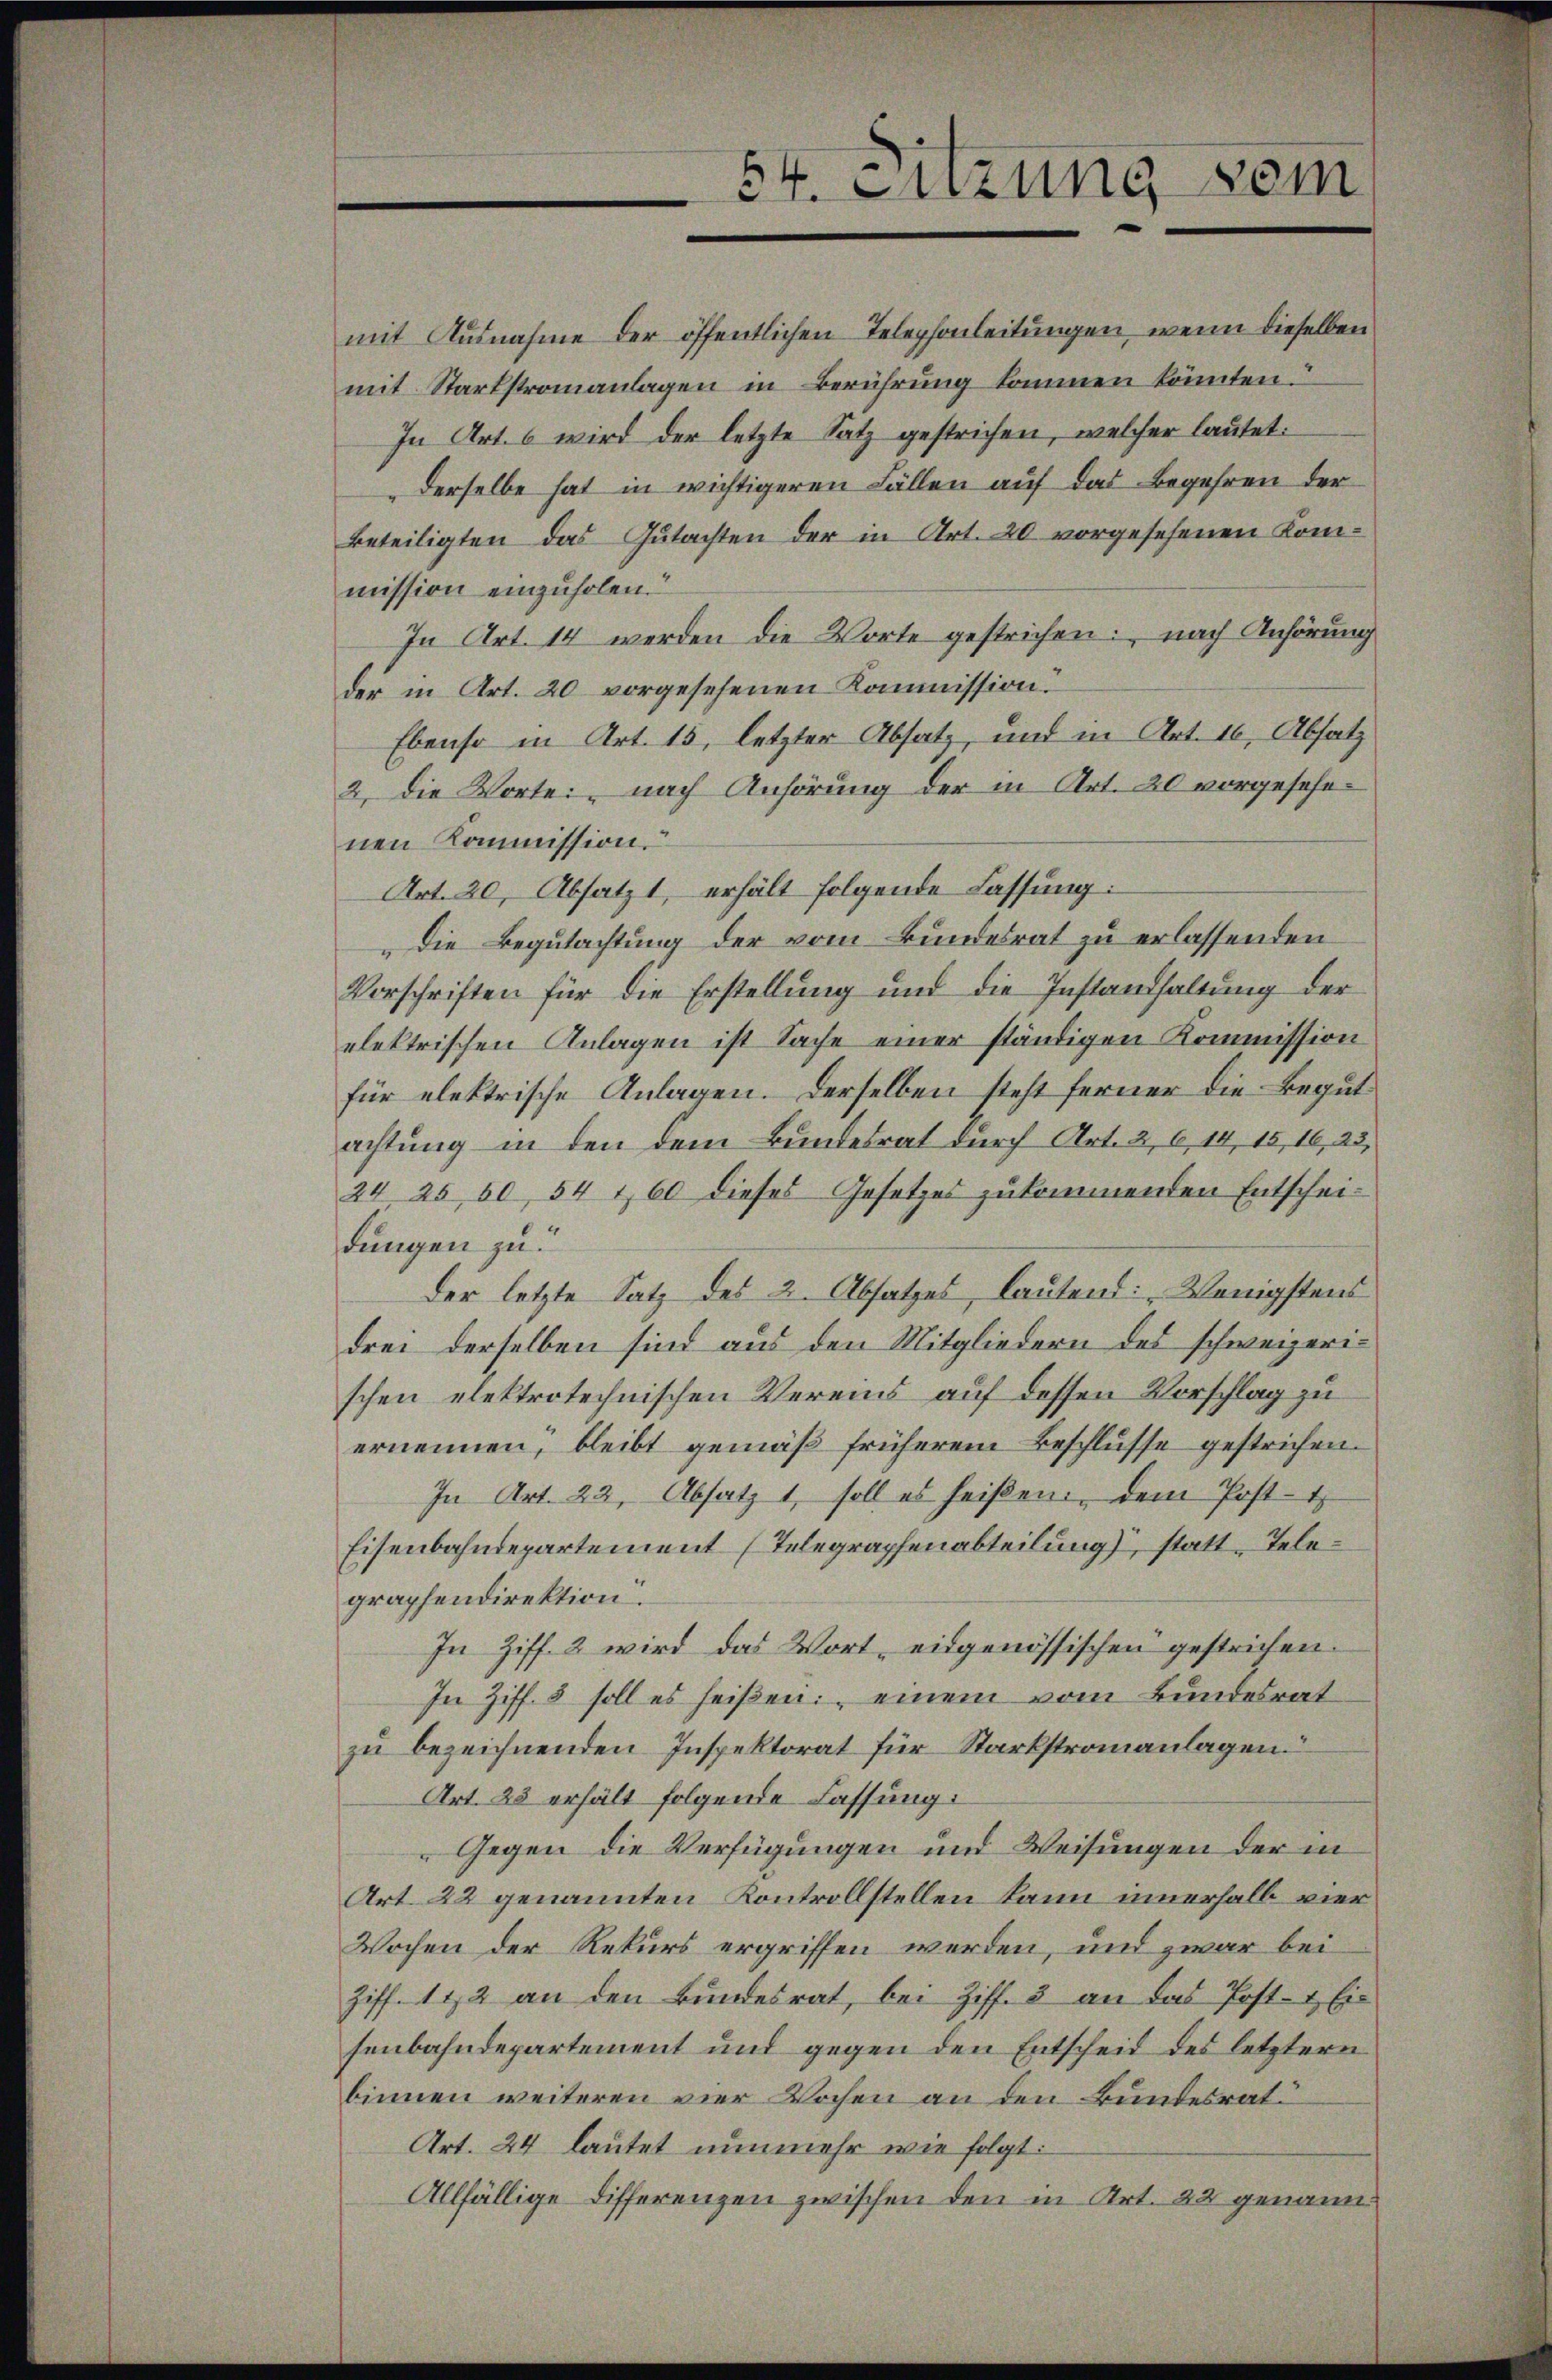
mit Startstromanlagen in Berührung kommen könnten.
In Art. 6 wird der letzte Satz gestrichen, welcher lautet:
mission einzuholen.
In Art. 14 werden die Worte gestrichen: nach Anhörung
der in Art. 20 vorgesehenen Kommission
Ebenso in Art. 15, letzter Absatz, und in Art. 16, Absatz
2. die Worte: nach Anhörung der in Art. 20 vorgesehenen Kommission
Art. 20, Absatzt, erhält folgende Fassung:
Die Begutachtung der vom Bundesrat zu erlassenden
Vorschriften für die Erstellung und die Instandhaltung der
elektrischen Anlagen ist Sache einer ständigen Kommission
für elektrische Anlagen. Derselben steht ferner die Begut
achtung in den dem Bundesrat durch Art. 2, 614, 15, 16, 23,
24 25 60, 54 160 dieses Gesetzes zukommenden Entscheidungen zu.
Der letzte Satz des 2. Absatzes, lautend: „Wenigstens
drei derselben sind aus den Mitgliedern des schweizerischen elektrotechnischen Vereins auf dessen Vorschlag zu
ernennen, bleibt gemäβ früherem Beschlŭsse gestrichen.
In Art. 22. Absatz 1 soll es heißen, dem Post-
Eisenbahndepartement (Telegraphenabteilung, statt-Telegraphendirektion.
In Ziff. 2 wird das Wort, eidgenössischen gestrichen.
In Ziff. 5 soll es heißen: einem vom Bundesrat
zu bezeichnenden Inspektorat für Starkstromanlagen.
Art. 25 erhält folgende Fassung:
Gegen die Verfügungen und Weisungen der in
Art. 22 genannten Kontrollstellen kann innerhalb vier¬
Wochen der Rekurs ergriffen werden, und zwar bei
Ziff. 112 an den Bŭndesrat, bei Ziff. 3 an das Post- & Eis
senbahndepartement und gegen den Entscheid des letztern
binnen weiteren vier Wochen an den Bundesrat
Art. 24 lautet nunmehr wie folgt:
Allfällige Differenzen zwischen den in Art. 22 genann

54. Sitzung sein

mit Ausnahme der öffentlichen Telephonleitungen, wenn dieselben
derselbe hat in wichtigeren Fällen auf das Begehren der
Beteiligten das Gutachten der in Art. 20 vorgesehenen Kom¬